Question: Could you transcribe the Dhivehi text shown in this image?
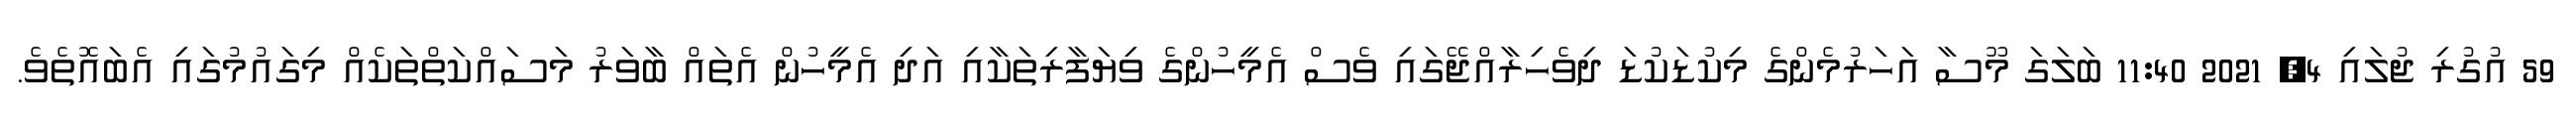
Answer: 59 އުގުރި ޖުލައި 4, 2021 11:40 ބަލަގަ މޫސާ އަހަރުމެންގެ މިކުޑަކުޑަ ދިވެހިރާއްޖޭގައި ވެސް އެމީހުންގެ ވިޔަފާރިތަކާއި އަދި އެމީހުން އެތައް ބާވަރު މަސައްކަތްތަކެއް މިގައުމުގައި އެބައޮތެވެ.